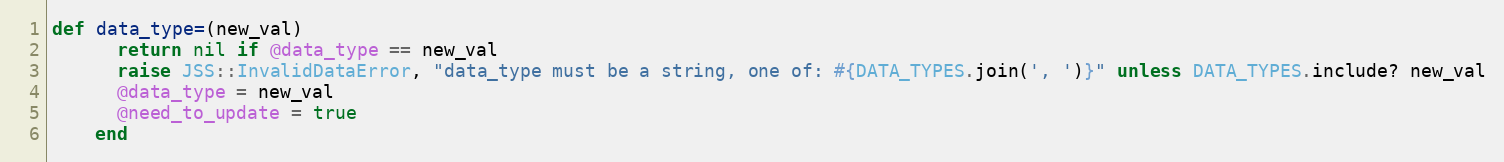
Language: Ruby
def data_type=(new_val)
      return nil if @data_type == new_val
      raise JSS::InvalidDataError, "data_type must be a string, one of: #{DATA_TYPES.join(', ')}" unless DATA_TYPES.include? new_val
      @data_type = new_val
      @need_to_update = true
    end